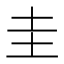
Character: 圭